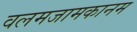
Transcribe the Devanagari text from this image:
वलमजामकानम